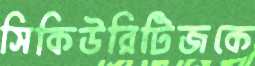
সিকিউরিটিজকে